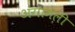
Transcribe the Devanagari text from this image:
अंगामली